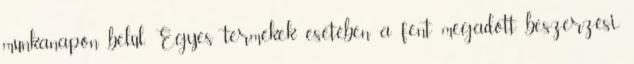
munkanapon belül. Egyes termékek esetében a fent megadott beszerzési